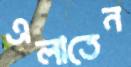
এলাতেন